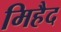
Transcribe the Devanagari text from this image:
मिहैद